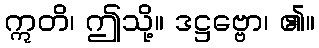
ဣတိ၊ ဤသို့။ ဒဋ္ဌဗ္ဗော၊ ၏။